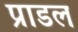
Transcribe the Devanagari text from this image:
प्राडल